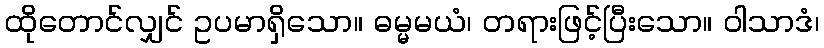
ထိုတောင်လျှင် ဥပမာရှိသော။ ဓမ္မမယံ၊ တရားဖြင့်ပြီးသော။ ဝါသာဒံ၊